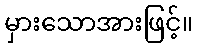
မှားသောအားဖြင့်။